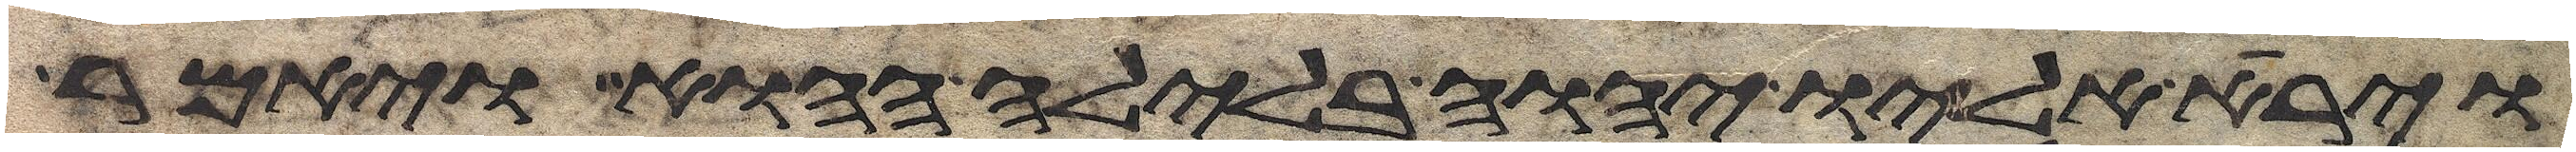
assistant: וירא אליו יהוה בלילה ההוא ויאמר